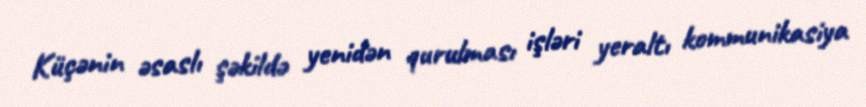
Küçənin əsaslı şəkildə yenidən qurulması işləri yeraltı kommunikasiya